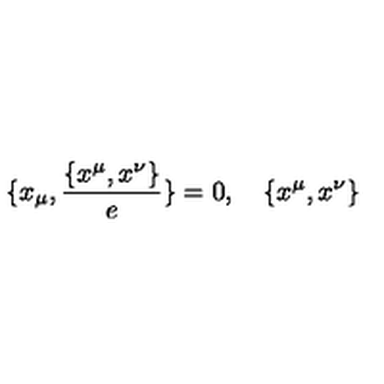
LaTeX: \{ x _ { \mu } , \frac { \{ x ^ { \mu } , x ^ { \nu } \} } { e } \} = 0 , \quad { \{ x ^ { \mu } , x ^ { \nu } \} }